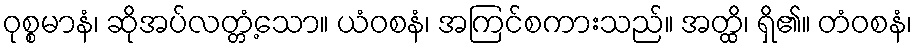
ဝုစ္စမာနံ၊ ဆိုအပ်လတ္တံ့သော။ ယံဝစနံ၊ အကြင်စကားသည်။ အတ္ထိ၊ ရှိ၏။ တံဝစနံ၊